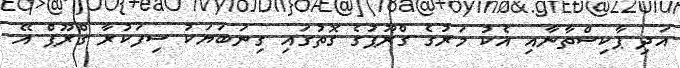
އަދި ޕާކިސްތާނާއި އެކު މަރުގެ ގްރޫޕުގެ ގޮތުގައި ގިނަބަޔަކު ސިފަކުރާ ގްރޫޕް އޭ